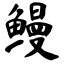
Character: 鳗